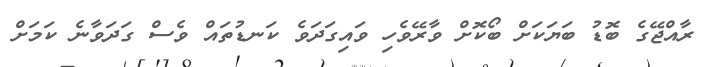
ރާއްޖޭގެ ބޮޑު ބަޔަކަށް ބޯކޮށް ވާރޭވެހި ވައިގަދަވެ ކަނޑުތައް ވެސް ގަދަވާނެ ކަމަށް